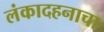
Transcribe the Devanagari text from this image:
लंकादहनाचा